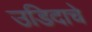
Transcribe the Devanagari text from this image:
उडिदाचे